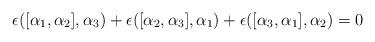
LaTeX: \begin{align*}\epsilon([\alpha_{1},\alpha_{2}],\alpha_{3})+\epsilon([\alpha_{2},\alpha_{3}],\alpha_{1})+\epsilon([\alpha_{3},\alpha_{1}],\alpha_{2})=0\end{align*}